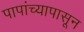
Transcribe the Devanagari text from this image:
पापांच्यापासून